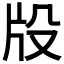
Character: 𤖬